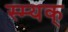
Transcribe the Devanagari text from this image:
स्म्यक्‌